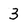
Character: 3